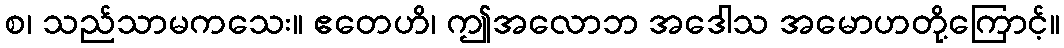
စ၊ သည်သာမကသေး။ ဧတေဟိ၊ ဤအလောဘ အဒေါသ အမောဟတို့ကြောင့်။